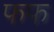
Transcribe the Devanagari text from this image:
फफ